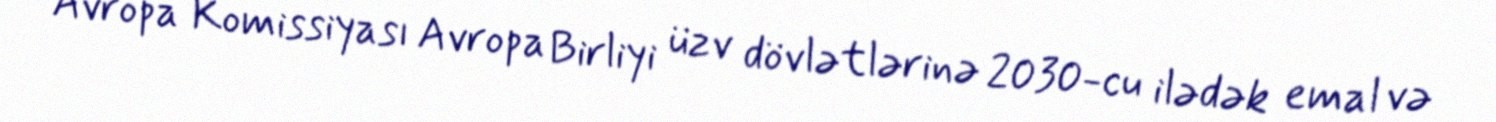
Avropa Komissiyası Avropa Birliyi üzv dövlətlərinə 2030-cu ilədək emal və